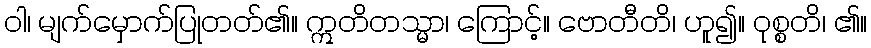
ဝါ၊ မျက်မှောက်ပြုတတ်၏။ ဣတိတသ္မာ၊ ကြောင့်။ ဗောတီတိ၊ ဟူ၍။ ဝုစ္စတိ၊ ၏။